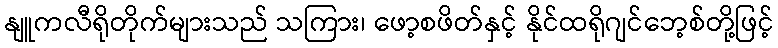
နျူကလီရိုတိုက်များသည် သကြား၊ ဖော့စဖိတ်နှင့် နိုင်ထရိုဂျင်ဘေ့စ်တို့ဖြင့်